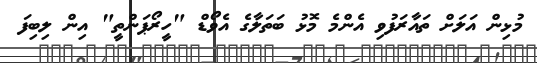
މުޅިން އަލަށް ތައާރަފުވި އެންމެ މޮޅު ބަތަލާގެ އެވޯޑް "ހީރޯޕަންތީ" އިން ލިބިފަ